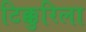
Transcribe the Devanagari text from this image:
टिक्कुरिला